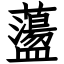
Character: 蘯